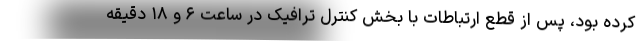
کرده بود، پس از قطع ارتباطات با بخش کنترل ترافیک در ساعت ۶ و ۱۸ دقیقه